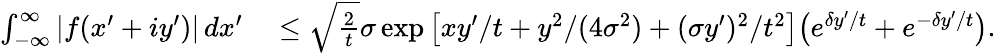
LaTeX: \begin{array}{rl}{\int_{-\infty}^{\infty}|f(x^{\prime}+iy^{\prime})|\, dx^{\prime}}&{{}\leq\sqrt{\frac{2}{t}}\sigma\exp\big[xy^{\prime}/t+y^{2}/(4\sigma^{2})+(\sigma y^{\prime})^{2}/t^{2}\big]\big(e^{\delta y^{\prime}/t}+e^{-\delta y^{\prime}/t}\big).}\end{array}